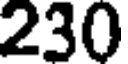
230